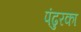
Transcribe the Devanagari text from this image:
पंढुरका